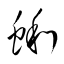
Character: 蜊